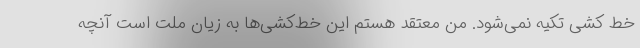
خط کشی تکیه نمی‌شود. من معتقد هستم این خط‌کشی‌ها به زیان ملت است آنچه